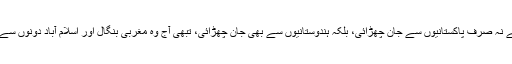
بنگالی مسلمانوں نے نہ صرف پاکستانیوں سے جان چھڑائی، بلکہ ہندوستانیوں سے بھی جان چھڑائی، تبھی آج وہ مغربی بنگال اور اسلام آباد دونوں سے بہتر حال میں ہیں۔